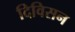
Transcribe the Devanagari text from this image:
दिविसन